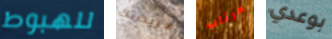
للهبوط مريضتك مرتاب بوعدي